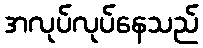
အလုပ်လုပ်နေသည်